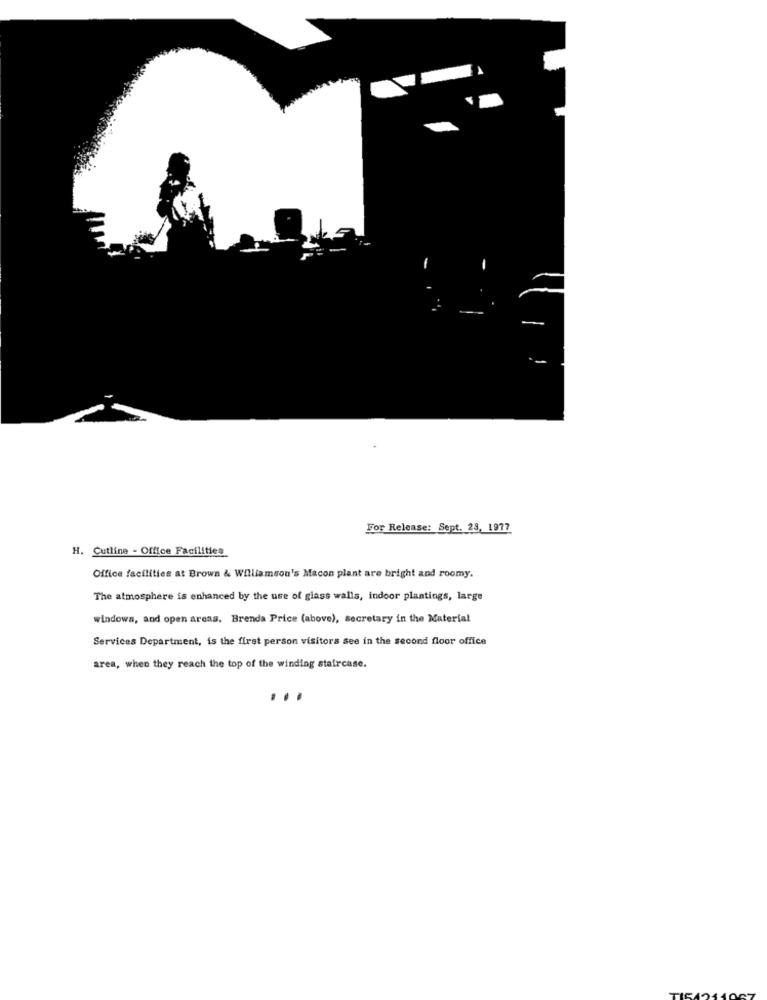
For Release: Sept. 23, 1977
H. Cutline - Office Facilities
Office facilities at Brown & Williamson's Macon plant are bright and roomy.
The atmosphere is enhanced by the use of glass walls, indoor plantings, large
windows, and open areas. Brenda Price (above), secretary in the Material
Services Department, is the first person visitors see in the second floor office
area, when they reach the top of the winding staircase.
...